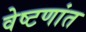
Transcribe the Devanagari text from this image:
वेष्टणांत